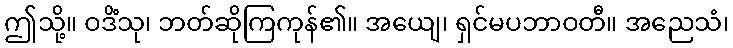
ဤသို့။ ဝဒိံသု၊ ဘတ်ဆိုကြကုန်၏။ အယျေ၊ ရှင်မပဘာဝတီ။ အညေသံ၊